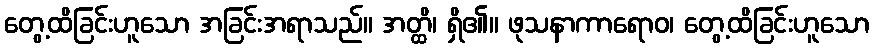
တွေ့ထိခြင်းဟူသော အခြင်းအရာသည်။ အတ္ထိ၊ ရှိ၏။ ဖုသနာကာရောဝ၊ တွေ့ထိခြင်းဟူသော